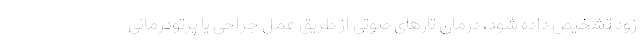
زود تشخیص داده شود، درمان تارهای صوتی از طریق عمل جراحی یا پرتودرمانی